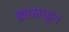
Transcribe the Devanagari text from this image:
खळाळून